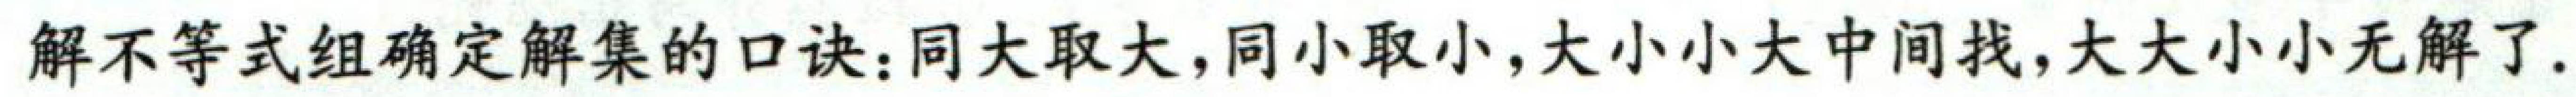
解不等式组确定解集的口诀：同大取大，同小取小，大小小大中间找，大大小小无解了.